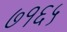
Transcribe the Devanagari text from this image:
७१६५